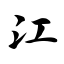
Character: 江